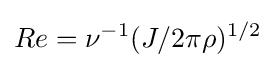
Re=\nu ^{-1}(J/2\pi \rho )^{1/2}